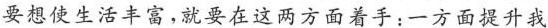
要想使生活丰富，就要在这两方面着手：一方面提升我